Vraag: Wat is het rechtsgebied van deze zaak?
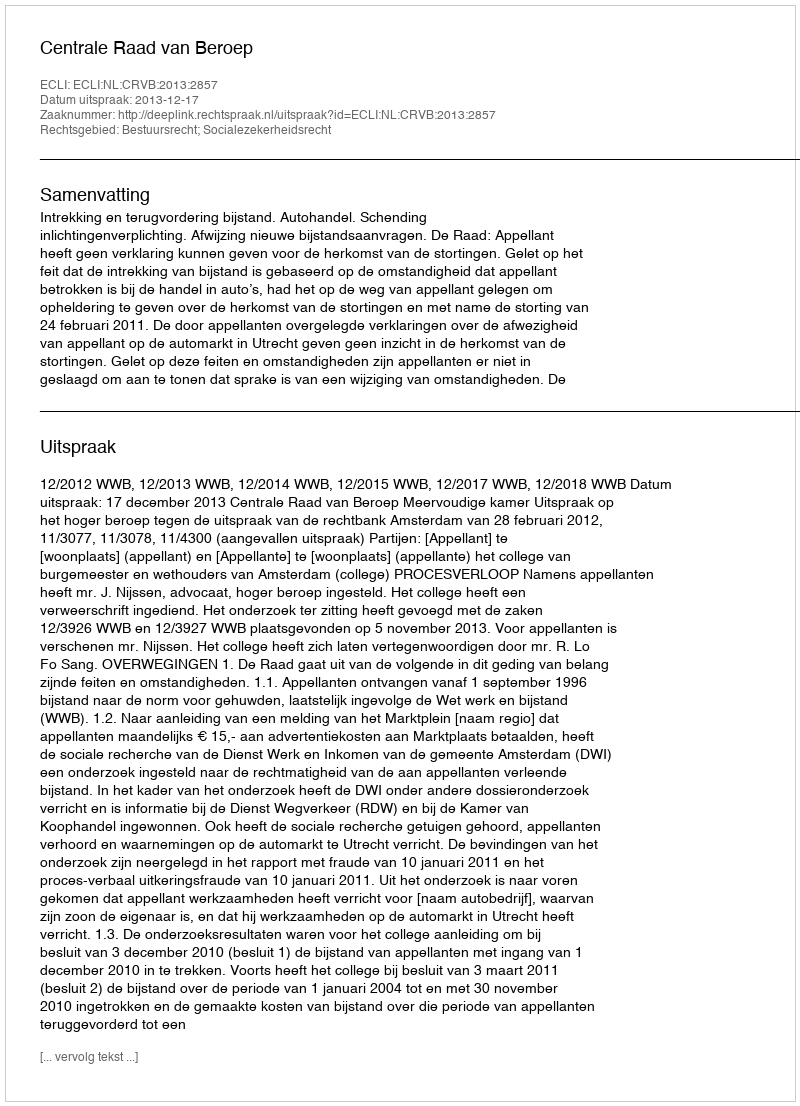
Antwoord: Bestuursrecht; Socialezekerheidsrecht